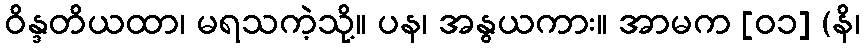
ဝိန္ဒတိယထာ၊ မရသကဲ့သို့။ ပန၊ အနွယကား။ အာမက [၀၁] (နိ၊